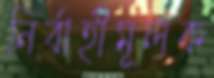
নির্বাহীমূলক